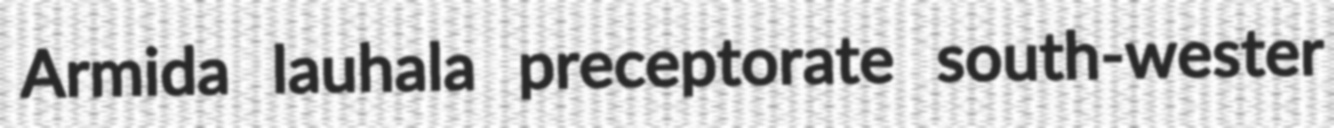
Armida lauhala preceptorate south-wester